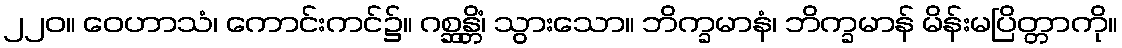
၂၂၀။ ဝေဟာသံ၊ ကောင်းကင်၌။ ဂစ္ဆန္တိံ၊ သွားသော။ ဘိက္ခမာနံ၊ ဘိက္ခမာန် မိန်းမပြိတ္တာကို။